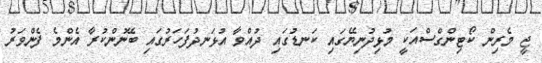
ޖީ މެރިން ކޯޓިންގްސްއަކީ މުޅިދުނިޔޭގައި ކަނޑުގައި ދުއްވާ އުޅަނދުފަހަރުގައި ބޭނުންކުރާ އެންމެ ފެންވަރު